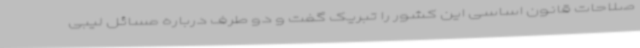
صلاحات قانون اساسی این کشور را تبریک گفت و دو طرف درباره مسائل لیبی